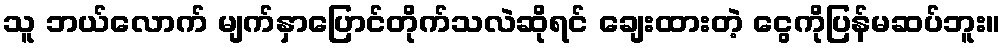
သူ ဘယ်လောက် မျက်နှာပြောင်တိုက်သလဲဆိုရင် ချေးထားတဲ့ ငွေကိုပြန်မဆပ်ဘူး။